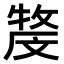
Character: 𤚓